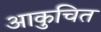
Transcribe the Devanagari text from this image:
आकुचित